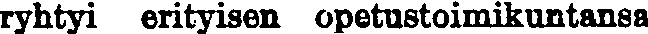
ryhtyi erityisen opetustoimikuntansa